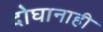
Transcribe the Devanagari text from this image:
दोघानाही